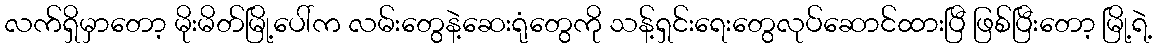
လက်ရှိမှာတော့ မိုးမိတ်မြို့ပေါ်က လမ်းတွေနဲ့ဆေးရုံတွေကို သန့်ရှင်းရေးတွေလုပ်ဆောင်ထားပြီ ဖြစ်ပြီးတော့ မြို့ရဲ့